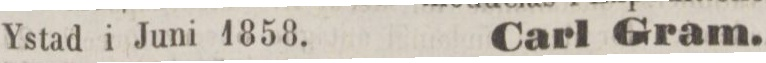
Ystad i Juni 1858. Carl Gram.